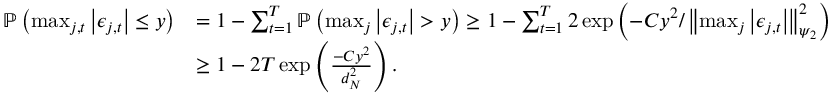
\begin{array} { r l } { \mathbb { P } \left( \operatorname* { m a x } _ { j , t } \left\lvert \epsilon _ { j , t } \right\rvert \leq y \right) } & { = 1 - \sum _ { t = 1 } ^ { T } \mathbb { P } \left( \operatorname* { m a x } _ { j } \left\lvert \epsilon _ { j , t } \right\rvert > y \right) \geq 1 - \sum _ { t = 1 } ^ { T } 2 \exp \left( - C y ^ { 2 } / \left\lVert \operatorname* { m a x } _ { j } \left\lvert \epsilon _ { j , t } \right\rvert \right\rVert _ { \psi _ { 2 } } ^ { 2 } \right) } \\ & { \geq 1 - 2 T \exp \left( \frac { - C y ^ { 2 } } { d _ { N } ^ { 2 } } \right) . } \end{array}